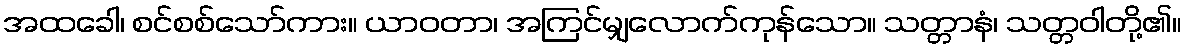
အထခေါ၊ စင်စစ်သော်ကား။ ယာဝတာ၊ အကြင်မျှလောက်ကုန်သော။ သတ္တာနံ၊ သတ္တဝါတို့၏။